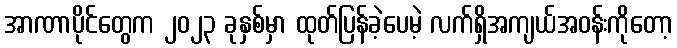
အာဏာပိုင်တွေက ၂၀၂၃ ခုနှစ်မှာ ထုတ်ပြန်ခဲ့ပေမဲ့ လက်ရှိအကျယ်အဝန်းကိုတော့